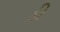
ડી